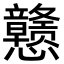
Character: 戆